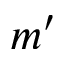
m ^ { \prime }